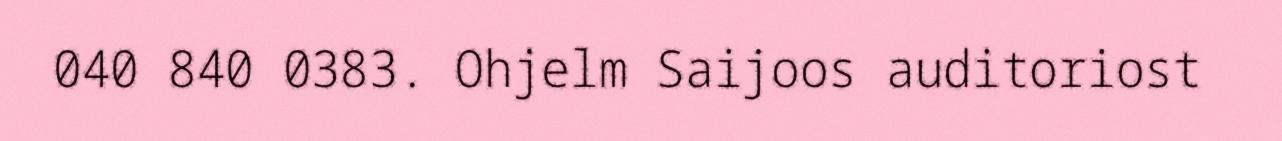
040 840 0383. Ohjelm Saijoos auditoriost